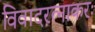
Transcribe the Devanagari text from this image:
विवादरत्नाकरः